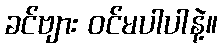
ခင်ဗျား ဝင်မပါပါနဲ့။